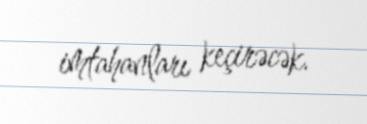
imtahanları keçirəcək.